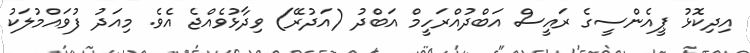
އިދިކޮޅު ޕީއެންސީގެ ރައީސް އަބްދުއްރަހީމް އަބްދު (އަދުރޭ) ވިދާޅުވެއްޖެ އެވެ. މިއަދު ފުވައްމުލަކު